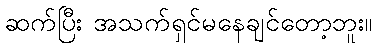
ဆက်ပြီး အသက်ရှင်မနေချင်တော့ဘူး။